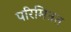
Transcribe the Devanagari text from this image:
परिमितत